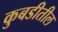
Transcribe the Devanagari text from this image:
कुबडीतील